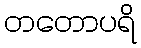
တတောပရိ